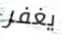
يغفر